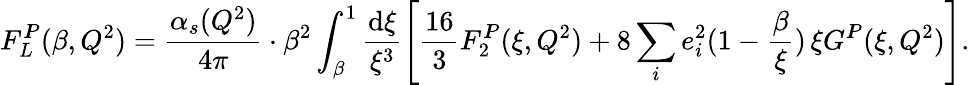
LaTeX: F_{L}^{I\! \! P}(\beta,Q^{2})=\frac{\alpha_{s}(Q^{2})}{4\pi}\cdot\beta^{2}\int_{\beta}^{1}\frac{\mathrm{d}\xi}{\xi^{3}}\left[\frac{16}{3}F_{2}^{I\! \! P}(\xi,Q^{2})+8\sum_{i}e_{i}^{2}(1-\frac{\beta}{\xi})\, \xi G^{I\! \! P}(\xi,Q^{2})\right].